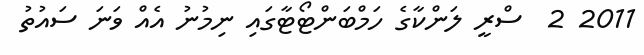
2011 2  ސްރީ ލަންކާގެ ހަމްބަންޓޯޓާގައި ނިމުނު އެއް ވަނަ ސައުތު